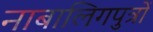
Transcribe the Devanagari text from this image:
नाबालिगपुत्रों